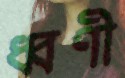
ধ্বণী